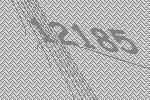
12185